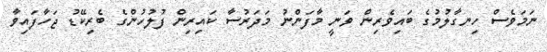
ނަމަވެސް ހިނގާލުމުގެ ބައިވެރިން ވަނީ މާފަންނު މަދަރުސާ ކައިރިން ފުލުހުންގެ ބެރިކޭޑު ޖަހާފައިވާ